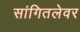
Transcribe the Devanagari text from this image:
सांगितलेवर